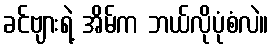
ခင်ဗျားရဲ့ အိမ်က ဘယ်လိုပုံစံလဲ။